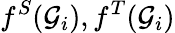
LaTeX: f^{S}({\mathcal{G}}_{i}),f^{T}({\mathcal{G}}_{i})